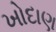
ખોદાણ